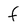
Character: f